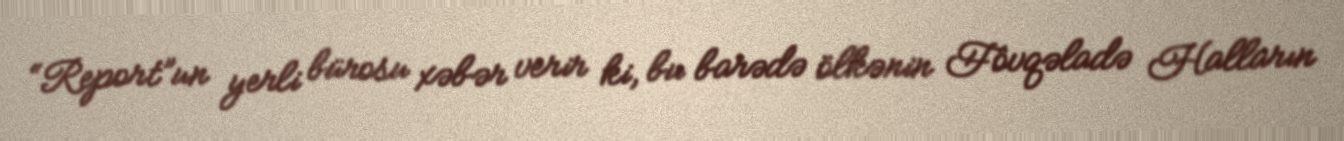
“Report”un yerli bürosu xəbər verir ki, bu barədə ölkənin Fövqəladə Halların